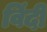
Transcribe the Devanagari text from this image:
विंदी